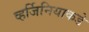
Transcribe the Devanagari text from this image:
व्हर्जिनियाकडे